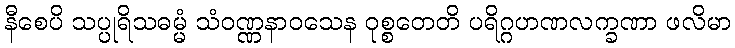
နီစေပိ သပ္ပုရိသဓမ္မံ သံဝဏ္ဏနာဝသေန ဝုစ္စတေတိ ပရိဂ္ဂဟဏလက္ခဏာ ဖလိမာ